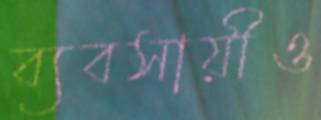
ব্যবসায়ীও